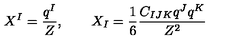
X ^ { I } = \frac { q ^ { I } } { Z } , \qquad X _ { I } = \frac { 1 } { 6 } \frac { C _ { I J K } q ^ { J } q ^ { K } } { Z ^ { 2 } }